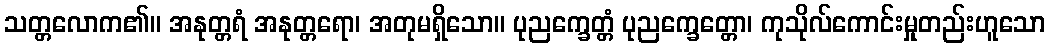
သတ္တလောက၏။ အနုတ္တရံ အနုတ္တရော၊ အတုမရှိသော။ ပုညက္ခေတ္တံ ပုညက္ခေတ္တော၊ ကုသိုလ်ကောင်းမှုတည်းဟူသော